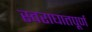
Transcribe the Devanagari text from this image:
स्वराघातपूर्ण